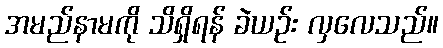
အမည်နာမကို သိရှိရန် ခဲယဉ်း လှလေသည်။